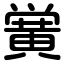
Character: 黉